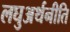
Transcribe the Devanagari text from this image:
लघुअर्थनीति